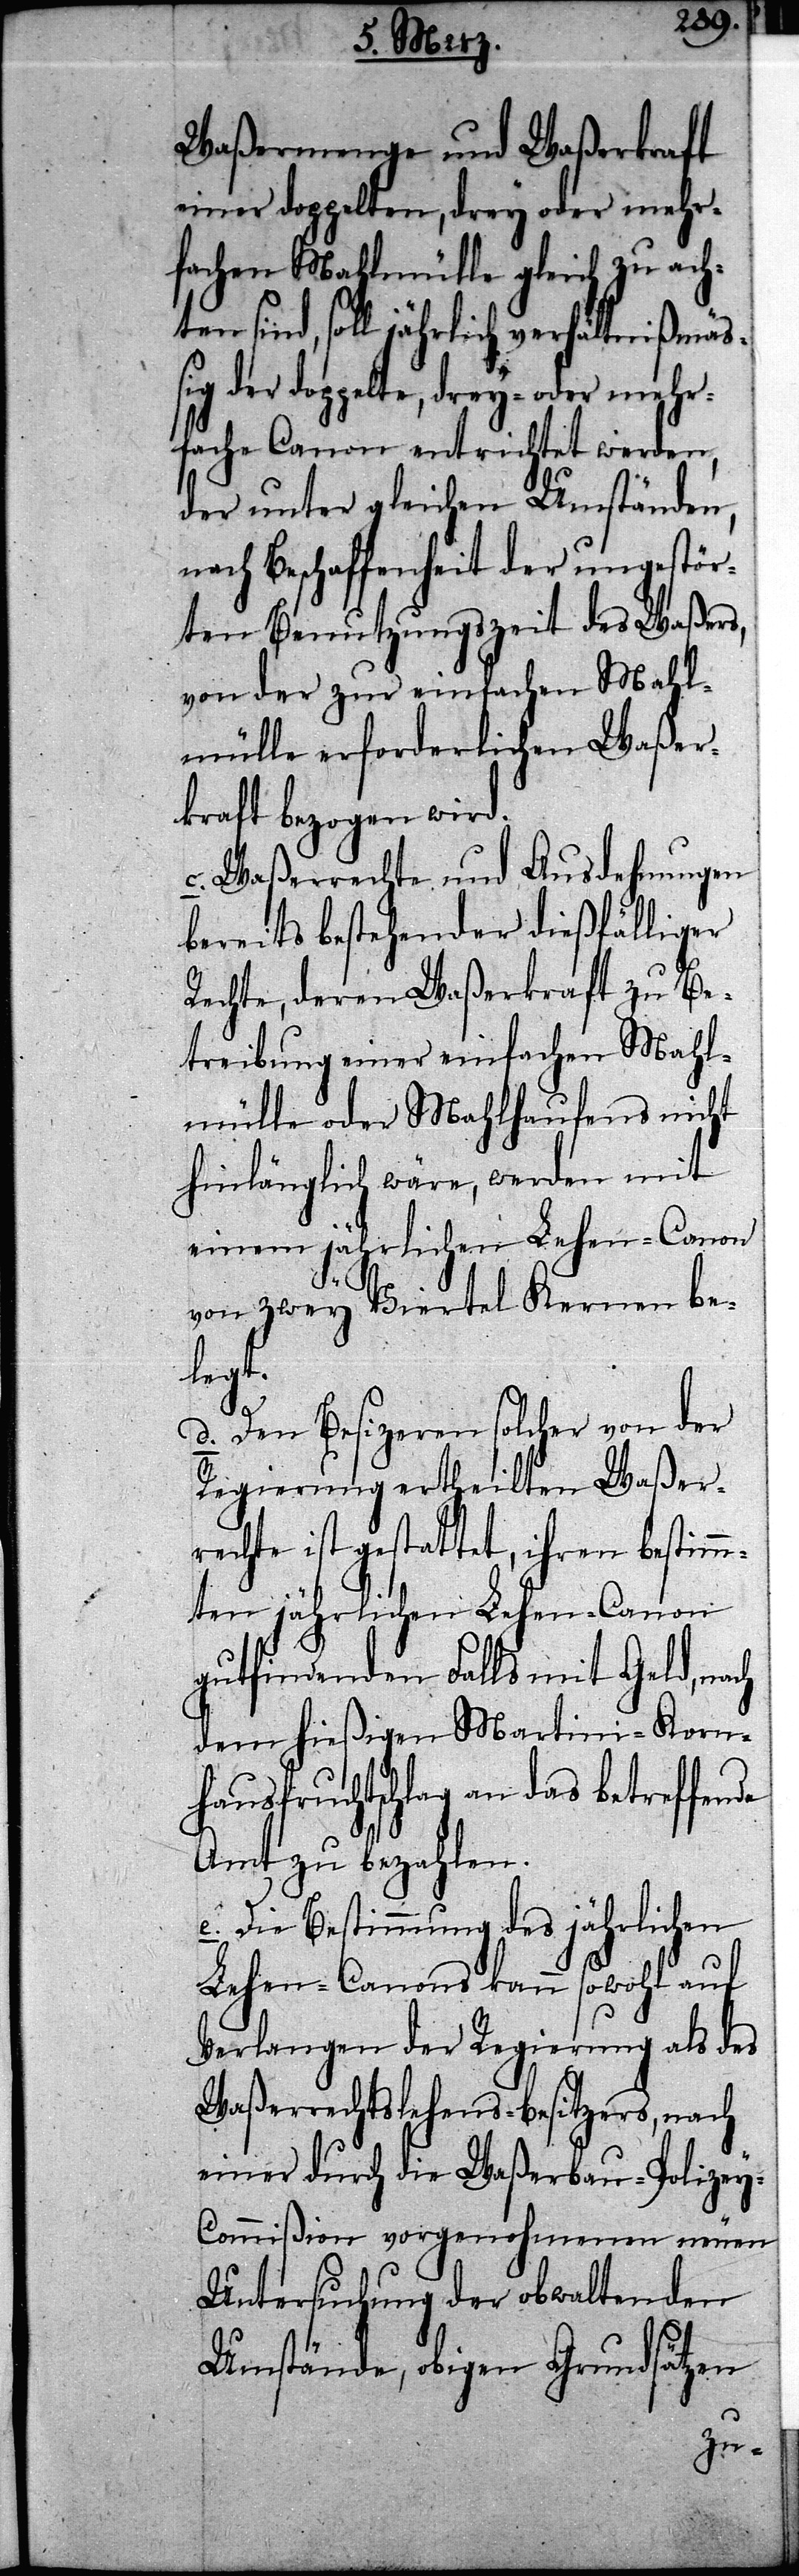
Waßermenge und Waßerkraft
der doppelte, drey- oder mehr¬
fachen Mahlmülle gleich zu acht¬
en sind, soll jährlich verhältnißmäßig
fache Canon entrichtet werden,
der unter gleichen Umständen,
nach Beschaffenheit der ungestör¬
ten Benutzungszeit des Waßers,
von der zur einfachen Mahl¬
mülle erforderlichen Waßer¬
kraft bezogen wird.
c. Waßerrechte und Ausdehnungen
bereits bestehender dießfälliger
Rechte, deren Waßerkraft zu Be¬
treibung einer einfachen Mahl¬
mülle oder Mahlhaufens nicht
hinlänglich wäre, werden mit
einem jährlichen Lehen-Canon
von zwey Viertel Kernen be¬
legt.
d. Den Besizeren solcher von der
Regierung erhteilten Waßer¬
rechte ist gestattet, ihren bestimm¬
ten jährlichen Lehen-Canon
gutfindenden Falls mit Geld, nach
dem hießigen Martini-Korn¬
hausfruchtschlag an das betreffende
Amt zu bezahlen.
e. Die Bestimmung des jährlichen
Lehen-Canons kann sowohl auf
Verlangen der Regierung als des
Waßerrechtslehens-Besitzers, nach
einer durch die Waßerbau-Polize¬
y-Commißion vorgenohmenen neuen
Untersuchung der obwaltenden
Umstände, obigen Grundsätzen